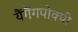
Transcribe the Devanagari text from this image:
यैंगैंगपोक्पी